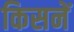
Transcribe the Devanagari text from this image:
किसनें